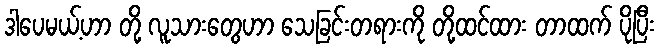
ဒါပေမယ့်ဟာ တို့ လူသားတွေဟာ သေခြင်းတရားကို တို့ထင်ထား တာထက် ပိုပြီး